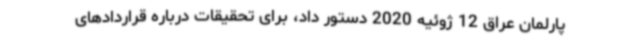
پارلمان عراق 12 ژوئیه 2020 دستور داد، برای تحقیقات درباره قراردادهای